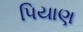
પિયાણ